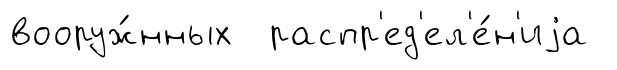
вооруж́нных распр'ед'ел'е́н'иjа